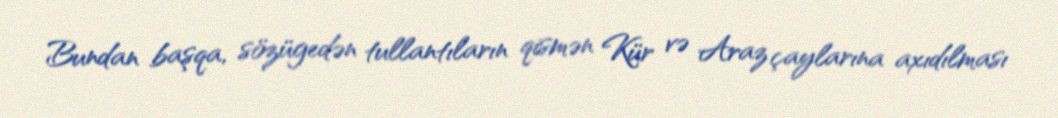
Bundan başqa, sözügedən tullantıların qismən Kür və Araz çaylarına axıdılması